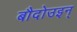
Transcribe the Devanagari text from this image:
बौदोउइन्